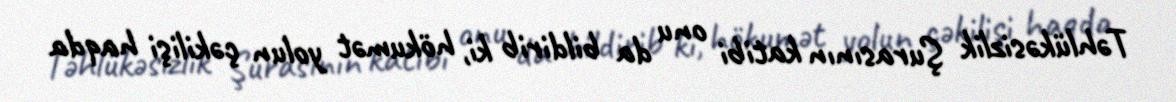
Təhlükəsizlik Şurasının katibi onu da bildirib ki, hökumət yolun çəkilişi haqda